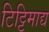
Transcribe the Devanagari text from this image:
टिट्टिमाद्य